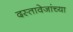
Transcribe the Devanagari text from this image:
दस्तावेजांच्या